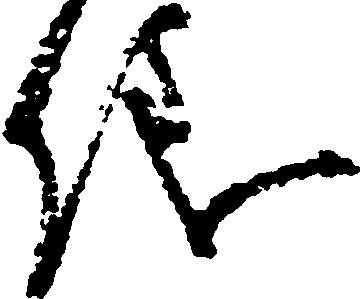
儀